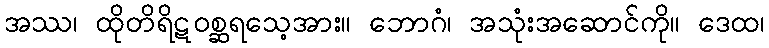
အဿ၊ ထိုတိရိဋဝစ္ဆရသေ့အား။ ဘောဂံ၊ အသုံးအဆောင်ကို။ ဒေထ၊